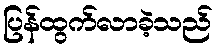
ပြန်ထွက်လာခဲ့သည်